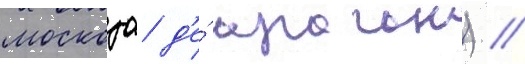
москозо д'е́ араган) //